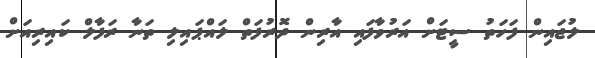
ލުޖައިން ފަހަތު ސީޓަށް އަރުވާފައި އާރިން ދޮރުފަތް ލައްޕައިލި ތަނާ ރަފާލް ކައިރިއަށް